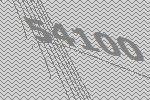
54100